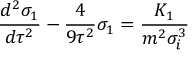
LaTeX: \frac { d ^ { 2 } \sigma _ { 1 } } { d \tau ^ { 2 } } - \frac 4 { 9 \tau ^ { 2 } } \sigma _ { 1 } = \frac { K _ { 1 } } { m ^ { 2 } \sigma _ { i } ^ { 3 } }